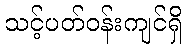
သင့်ပတ်ဝန်းကျင်ရှိ